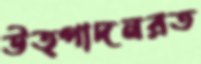
উত্পাদনরত